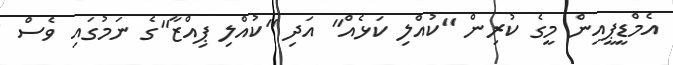
އެމްޑީޕީއިން މީގެ ކުރިން "ކުއްލި ކަޅެއް" އަދި "ކުއްލި ޕިއްޒާ"ގެ ނަމުގައި ވެސް